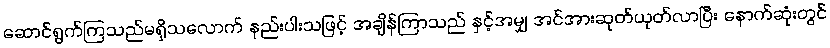
ဆောင်ရွက်ကြသည်မရှိသလောက် နည်းပါးသဖြင့် အချိန်ကြာသည် နှင့်အမျှ အင်အားဆုတ်ယုတ်လာပြီး နောက်ဆုံးတွင်